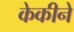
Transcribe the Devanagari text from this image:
केकीने